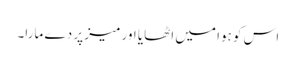
اس کو ہوا میں اٹھایا اور میز پر دے مارا۔